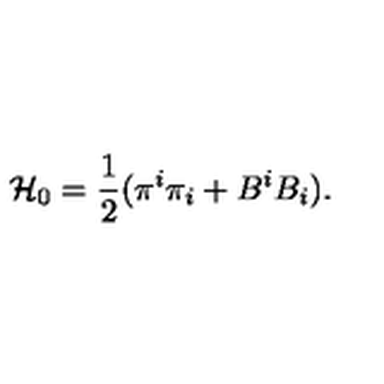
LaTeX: { \cal H } _ { 0 } = \frac { 1 } { 2 } ( \pi ^ { i } \pi _ { i } + B ^ { i } B _ { i } ) .